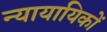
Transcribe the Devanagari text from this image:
न्यायायिकों